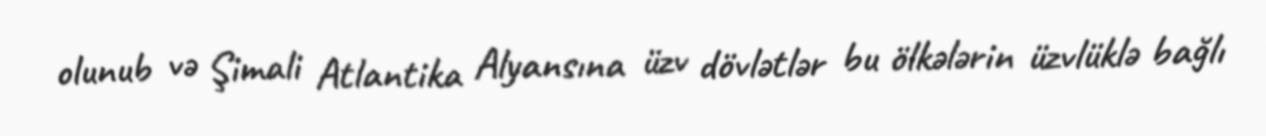
olunub və Şimali Atlantika Alyansına üzv dövlətlər bu ölkələrin üzvlüklə bağlı